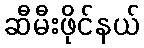
ဆီမီးဖိုင်နယ်